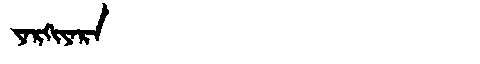
Manchu: ᠶᠠᡵᡴᡳᠶᠠᡵᠠ
Romanization: YARKIYARA